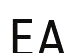
ЕА